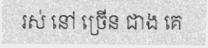
រស់ នៅ ច្រើន ជាង គេ